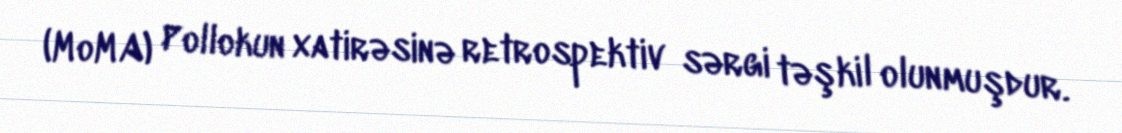
(MoMA) Pollokun xatirəsinə retrospektiv sərgi təşkil olunmuşdur.